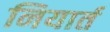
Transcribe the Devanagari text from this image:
नियार्त